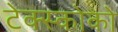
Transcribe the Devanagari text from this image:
टेक्स्कोको